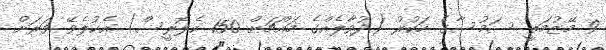
9 މޭޒުމަތީ ސަމުސާގެ ހަކުރު (ދުވާލެއްގެ މައްޗަށް 150 ކެލޮރީސް) އެކުލެވޭ ވަރަށް